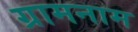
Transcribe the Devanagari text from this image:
ग्रामनाम